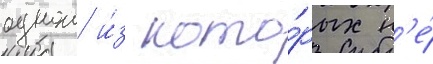
однои и́з кото́рых н'е́